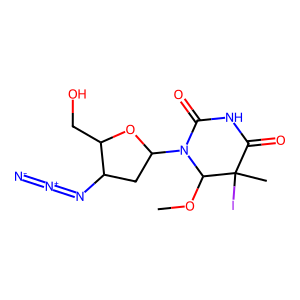
SMILES: COC1N(C2CC(N=[N+]=[N-])C(CO)O2)C(=O)NC(=O)C1(C)I
Inhibits HIV replication: Yes